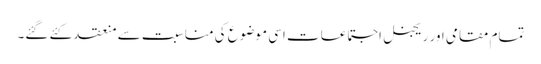
تمام مقامی اور ریجنل اجتماعات اسی موضوع کی مناسبت سے منعقد کئے گئے۔